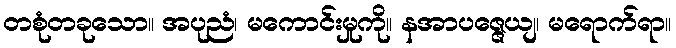
တစုံတခုသော။ အပုညံ၊ မကောင်းမှုကို။ နအာပဇ္ဇေယျ၊ မရောက်ရာ။